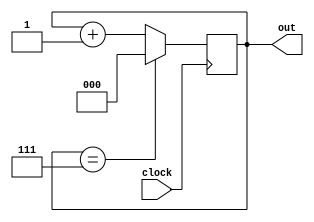
module Counter(clock, out);

	input wire clock;
	output reg [2:0] out;
	
	always @(posedge clock) begin
		if (out == 3'b111)
			out <= 3'b000;
		else
			out <= (out + 1);
	end
	
endmodule